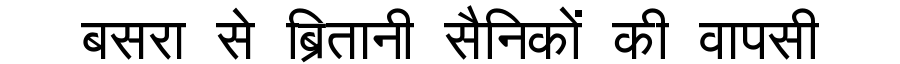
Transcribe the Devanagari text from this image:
बसरा से ब्रितानी सैनिकों की वापसी